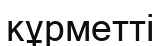
кұрметті